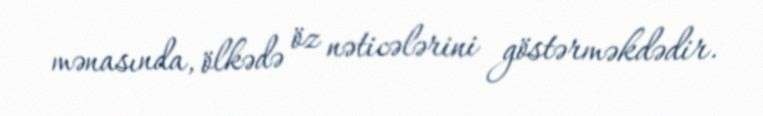
mənasında, ölkədə öz nəticələrini göstərməkdədir.